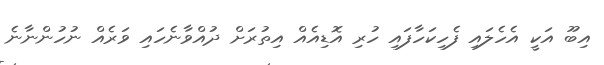
އިބޫ އަކީ އެހެލައި ފެހިކަހާފައި ހުރި އޮޑިއެއް އިތުރަށް ދުއްވާނެހައި ވަރެއް ނުހުންނާނެ